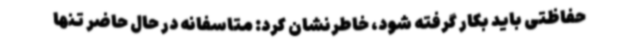
حفاظتی باید بکار گرفته شود، خاطرنشان کرد: متاسفانه در حال حاضر تنها